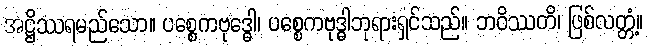
အဋ္ဌိဿရမည်သော။ ပစ္စေကဗုဒ္ဓေါ၊ ပစ္စေကဗုဒ္ဓါဘုရားရှင်သည်။ ဘဝိဿတိ၊ ဖြစ်လတ္တံ့။